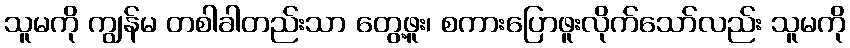
သူမကို ကျွန်မ တစါခါတည်းသာ တွေ့ဖူး၊ စကားပြောဖူးလိုက်သော်လည်း သူမကို